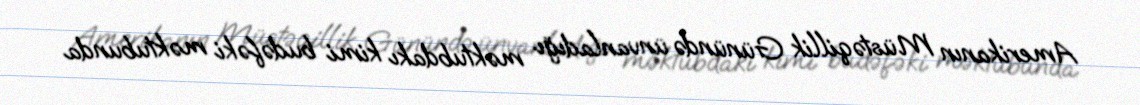
Amerikanın Müstəqillik Günündə ünvanladığı məktubdakı kimi budəfəki məktubunda